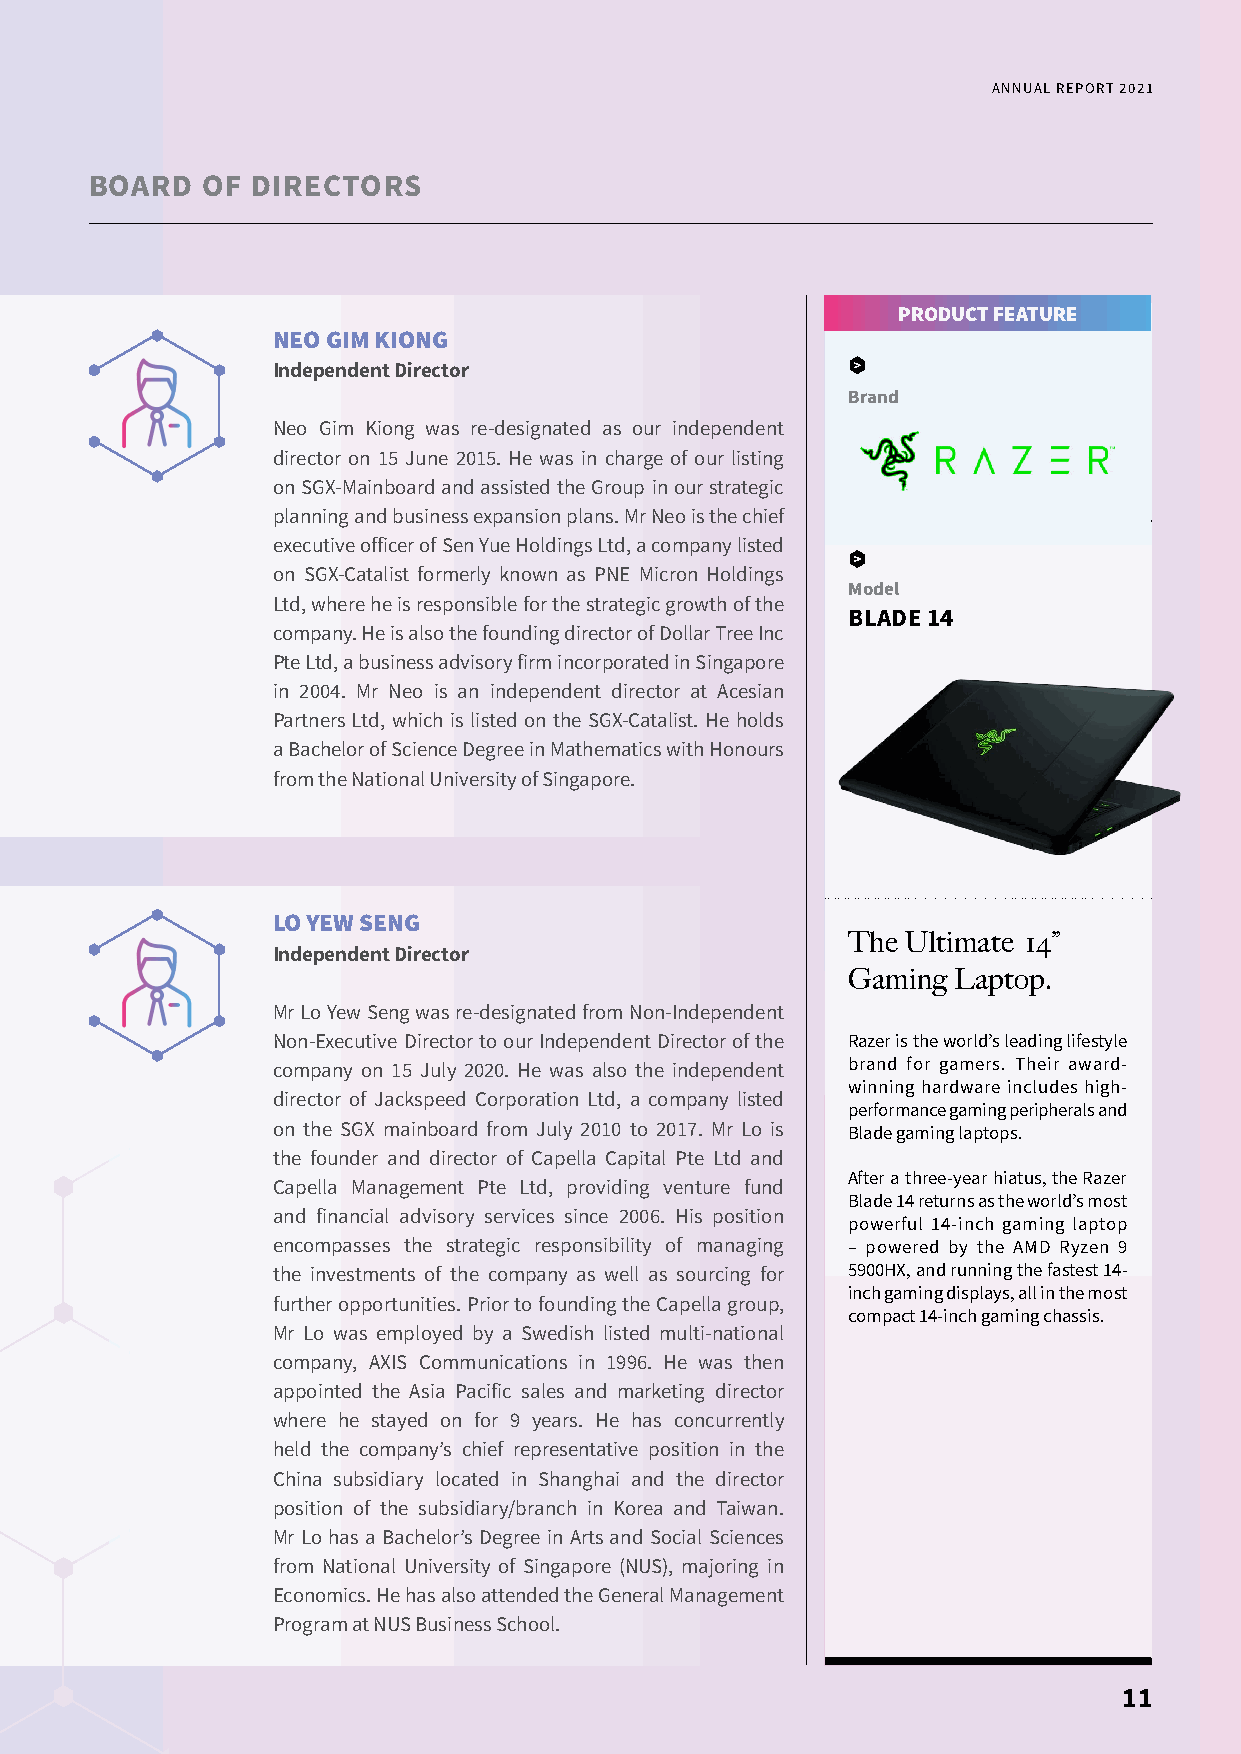
ANNUAL REPORT 2021
 BOARD  OF  DIRECTORS
 PRODUCT FEATURE
 NEO GIM KIONG
 Independent Director
 Brand
 Neo Gim Kiong was re-designated as our independent
 director on 15 June 2015. He was in charge of our listing
 on SGX-Mainboard and assisted the Group in our strategic
 planning and business expansion plans. Mr Neo is the chief
 executive officer of Sen Yue Holdings Ltd, a company listed
 on SGX-Catalist formerly known as PNE Micron Holdings
 Model
 Ltd, where he is responsible for the strategic growth of the
 BLADE 14
 company. He is also the founding director of Dollar Tree Inc
 Pte Ltd, a business advisory firm incorporated in Singapore
 in 2004. Mr Neo is an independent director at Acesian
 Partners Ltd, which is listed on the SGX-Catalist. He holds
 a Bachelor of Science Degree in Mathematics with Honours
 from the National University of Singapore.
 LO YEW SENG
 The Ultimate 14”
 Independent Director
 Gaming Laptop.
 Mr Lo Yew Seng was re-designated from Non-Independent
 Non-Executive Director to our Independent Director of the Razer is the world’s leading lifestyle
 company on 15 July 2020. He was also the independent brand for gamers. Their award-
 winning hardware includes high-
 director of Jackspeed Corporation Ltd, a company listed
 performance gaming peripherals and
 on the SGX mainboard from July 2010 to 2017. Mr Lo is
 Blade gaming laptops.
 the founder and director of Capella Capital Pte Ltd and
 Capella Management Pte Ltd, providing venture fund After a three-year hiatus, the Razer
 Blade 14 returns as the world’s most
 and financial advisory services since 2006. His position
 powerful 14-inch gaming laptop
 encompasses the strategic responsibility of managing – powered by the AMD Ryzen 9
 the investments of the company as well as sourcing for 5900HX, and running the fastest 14-
 inch gaming displays, all in the most
 further opportunities. Prior to founding the Capella group,
 compact 14-inch gaming chassis.
 Mr Lo was employed by a Swedish listed multi-national
 company, AXIS Communications in 1996. He was then
 appointed the Asia Pacific sales and marketing director
 where he stayed on for 9 years. He has concurrently
 held the company’s chief representative position in the
 China subsidiary located in Shanghai and the director
 position of the subsidiary/branch in Korea and Taiwan.
 Mr Lo has a Bachelor’s Degree in Arts and Social Sciences
 from National University of Singapore (NUS), majoring in
 Economics. He has also attended the General Management
 Program at NUS Business School.
 11